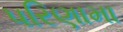
પરિણામા